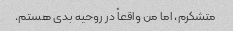
متشکرم، اما من واقعاً در روحیه بدی هستم.